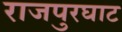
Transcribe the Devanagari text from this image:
राजपुरघाट